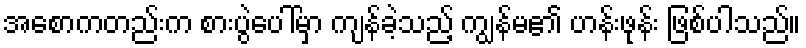
အစောကတည်းက စားပွဲပေါ်မှာ ကျန်ခဲ့သည့် ကျွန်မ၏ ဟန်းဖုန်း ဖြစ်ပါသည်။